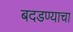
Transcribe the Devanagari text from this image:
बदडण्याचा